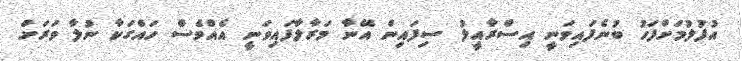
އުފުލުމަށްފަހު ބުނެފައިވަނީ އިސްރާއީލު ސިފައިން އޭނާ މަރާލާފައިވަނީ އެއްވެސް ހައްގަކާ ނުލާ ވަރަށް